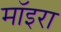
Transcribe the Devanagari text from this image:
मॉइरा